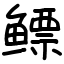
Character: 鳔